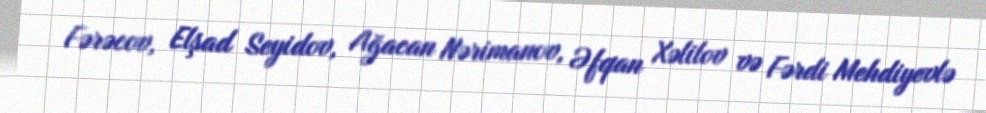
Fərəcov, Elşad Seyidov, Ağacan Nərimanov, Əfqan Xəlilov və Fərdi Mehdiyevlə